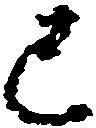
巳